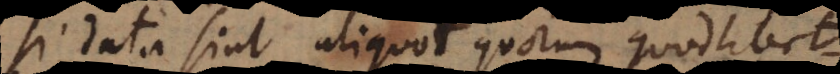
Si data sint aliquot quorum quodlibet